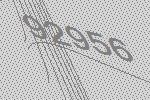
92956